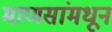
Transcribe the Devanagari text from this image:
माणसांमधून